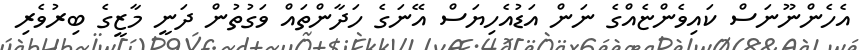
އެހެންނޫނަސް ކައިވެންޏެއްގެ ނަން އަޑުއެހިޔަސް އޭނަގެ ހަދާންތައް ވަގުތުން ދަނީ މާޒީގެ ބިރުވެރި